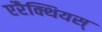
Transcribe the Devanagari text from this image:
एरैक्थियस्‌